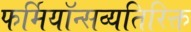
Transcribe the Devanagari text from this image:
फर्मियॉन्सव्यतिरिक्त